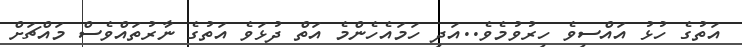
އަތުގެ ހުޅު އައްސިވެ ހިރުވުމެވެ..އަދި ހަމައެހެންމެ އަތް ދުޅަވެ އަތުގެ ނާރުތައްވެސް މައްޗަށް